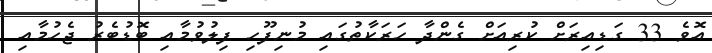
އޮވެ 33 ގަޑިއިރަށް ކުރިއަށް ގެންދާ ހަރަކާތުގައި މުނިފޫހި ފިލުވުމާއި ބޮޑުބެރު ޖެހުމާއި